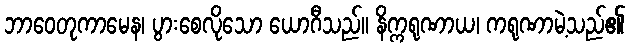
ဘာဝေတုကာမေန၊ ပွားစေလိုသော ယောဂီသည်။ နိက္ကရုဏာယ၊ ကရုဏာမဲ့သည်၏